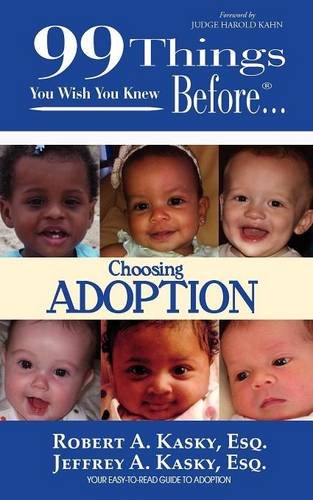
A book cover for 99 Things You Wish You Knew Before Choosing Adoption; Robert A. Kasky; Parenting & Relationships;